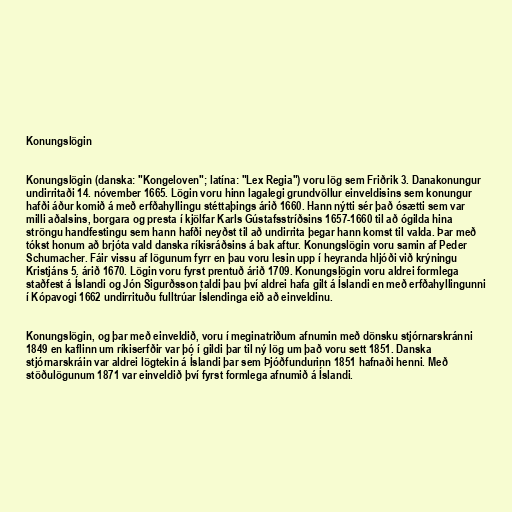
Konungslögin

Konungslögin (danska: "Kongeloven"; latína: "Lex Regia") voru lög sem Friðrik 3. Danakonungur
undirritaði 14. nóvember 1665. Lögin voru hinn lagalegi grundvöllur einveldisins sem konungur
hafði áður komið á með erfðahyllingu stéttaþings árið 1660. Hann nýtti sér það ósætti sem var
milli aðalsins, borgara og presta í kjölfar Karls Gústafsstríðsins 1657-1660 til að ógilda hina
ströngu handfestingu sem hann hafði neyðst til að undirrita þegar hann komst til valda. Þar með
tókst honum að brjóta vald danska ríkisráðsins á bak aftur. Konungslögin voru samin af Peder
Schumacher. Fáir vissu af lögunum fyrr en þau voru lesin upp í heyranda hljóði við krýningu
Kristjáns 5. árið 1670. Lögin voru fyrst prentuð árið 1709. Konungslögin voru aldrei formlega
staðfest á Íslandi og Jón Sigurðsson taldi þau því aldrei hafa gilt á Íslandi en með erfðahyllingunni
í Kópavogi 1662 undirrituðu fulltrúar Íslendinga eið að einveldinu.

Konungslögin, og þar með einveldið, voru í meginatriðum afnumin með dönsku stjórnarskránni
1849 en kaflinn um ríkiserfðir var þó í gildi þar til ný lög um það voru sett 1851. Danska
stjórnarskráin var aldrei lögtekin á Íslandi þar sem Þjóðfundurinn 1851 hafnaði henni. Með
stöðulögunum 1871 var einveldið því fyrst formlega afnumið á Íslandi.